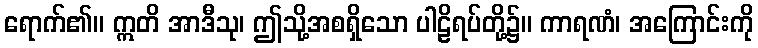
ရောက်၏။ ဣတိ အာဒီသု၊ ဤသို့အစရှိသော ပါဠိရပ်တို့၌။ ကာရဏံ၊ အကြောင်းကို